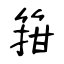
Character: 箝